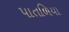
પાતળિયા